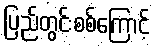
ပြည်တွင်းစစ်ကြောင့်